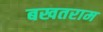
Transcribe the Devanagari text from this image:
बखतराम